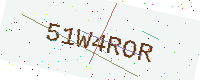
Text: 51W4ROR